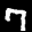
Label: 7